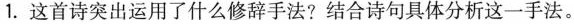
1.这首诗突出运用了什么修辞手法?结合诗句具体分析这一手法。